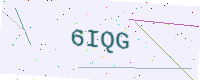
Text: 6IQG